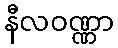
နီလဝဏ္ဏာ